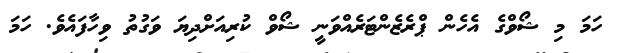
ހަމަ މި ޝޯވްގެ އެހެން ޕްރެޒެންޓަރެއްވަނީ ޝޯވް ކުރިއަށްދިޔަ ވަގުތު ވިހާފައެވެ. ހަމަ